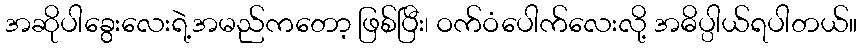
အဆိုပါခွေးလေးရဲ့အမည်ကတော့ ဖြစ်ပြီး၊ ဝက်ဝံပေါက်လေးလို့ အဓိပ္ပါယ်ရပါတယ်။